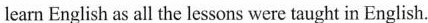
learn English as all the lessons were taught in English.